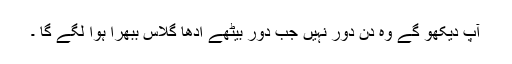
آپ دیکھو گے وہ دن دور نہیں جب دور بیٹھے ادھا گلاس ببھرا ہوا لگے گا ۔